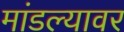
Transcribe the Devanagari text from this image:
मांडल्यावर